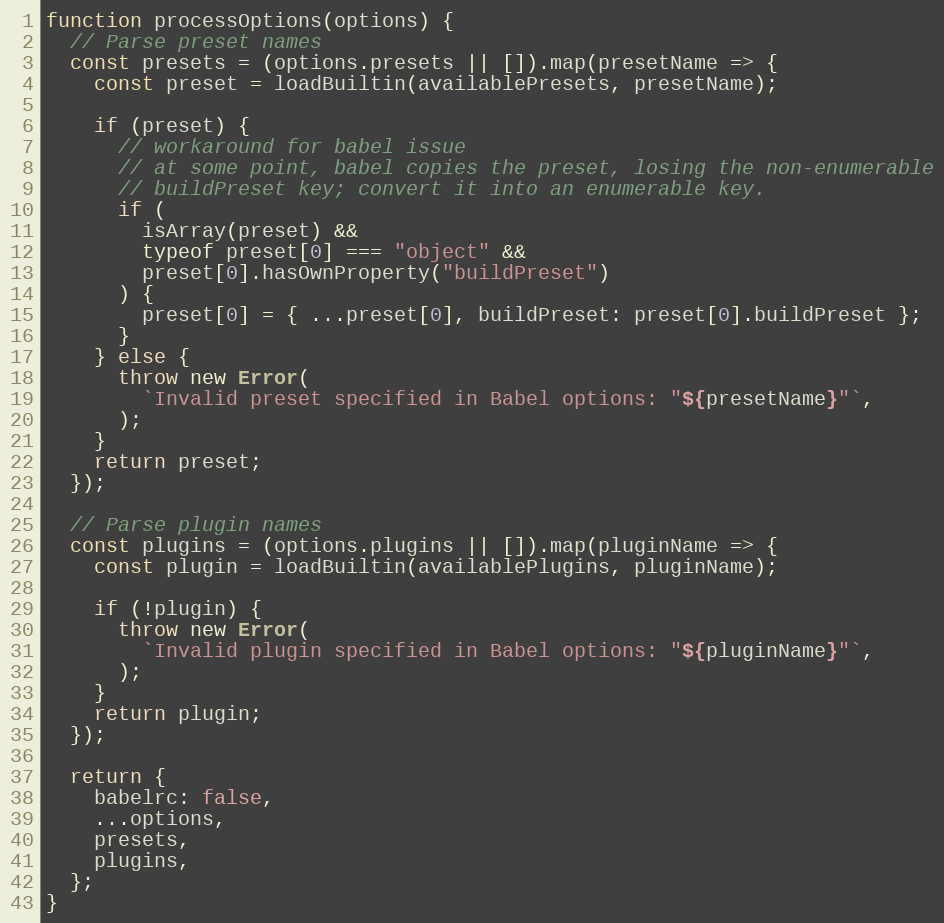
Language: JavaScript
function processOptions(options) {
  // Parse preset names
  const presets = (options.presets || []).map(presetName => {
    const preset = loadBuiltin(availablePresets, presetName);

    if (preset) {
      // workaround for babel issue
      // at some point, babel copies the preset, losing the non-enumerable
      // buildPreset key; convert it into an enumerable key.
      if (
        isArray(preset) &&
        typeof preset[0] === "object" &&
        preset[0].hasOwnProperty("buildPreset")
      ) {
        preset[0] = { ...preset[0], buildPreset: preset[0].buildPreset };
      }
    } else {
      throw new Error(
        `Invalid preset specified in Babel options: "${presetName}"`,
      );
    }
    return preset;
  });

  // Parse plugin names
  const plugins = (options.plugins || []).map(pluginName => {
    const plugin = loadBuiltin(availablePlugins, pluginName);

    if (!plugin) {
      throw new Error(
        `Invalid plugin specified in Babel options: "${pluginName}"`,
      );
    }
    return plugin;
  });

  return {
    babelrc: false,
    ...options,
    presets,
    plugins,
  };
}